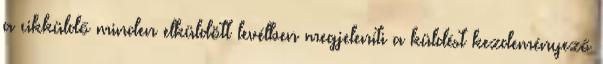
a cikküldő minden elküldött levélben megjeleníti a küldést kezdeményező